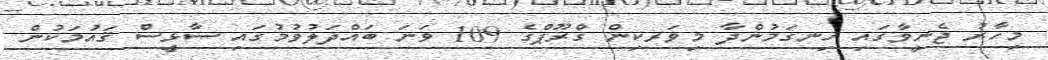
މިހާރު ޖެނީވާގައި ހިނގަމުންދާ މިވަރކިން ގްރޫޕްގެ 109 ވަަނަ ބައްދަލުވުމުގައި ސާޅީސް ޤައުމަކުން